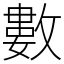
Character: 數